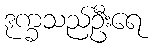
ဒုက္ခသည်ဦးရေ